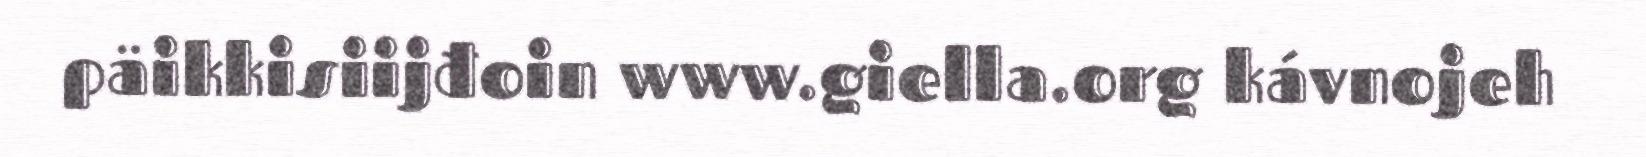
päikkisiijđoin www.giella.org kávnojeh